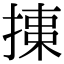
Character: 𢱠